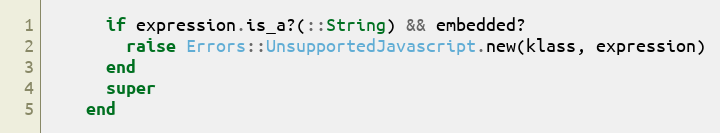
Language: Ruby
      if expression.is_a?(::String) && embedded?
        raise Errors::UnsupportedJavascript.new(klass, expression)
      end
      super
    end